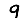
Digit: 9